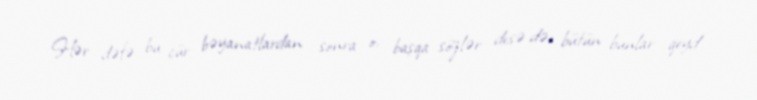
Hər dəfə bu cür bəyanatlardan sonra o, başqa sözlər desə də, bütün bunlar qeyd